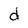
Character: d